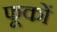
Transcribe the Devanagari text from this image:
फूकों